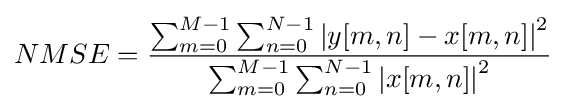
NMSE={\frac {\sum _{m=0}^{M-1}\sum _{n=0}^{N-1}\left|y[m,n]-x[m,n]\right|^{2}}{\sum _{m=0}^{M-1}\sum _{n=0}^{N-1}\left|x[m,n]\right|^{2}}}